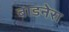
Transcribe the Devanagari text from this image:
बाडनेरा